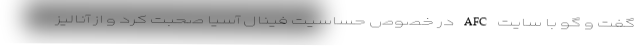
گفت و گو با سایت AFC در خصوص حساسیت فینال آسیا صحبت کرد و از آنالیز